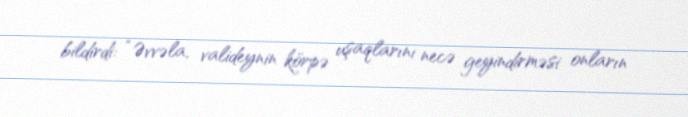
bildirdi: “Əvvəla, valideynin körpə uşaqlarını necə geyindirməsi onların